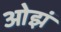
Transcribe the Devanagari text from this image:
ओझं